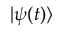
| \psi ( t ) \rangle